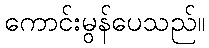
ကောင်းမွန်ပေသည်။